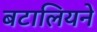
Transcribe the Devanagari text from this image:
बटालियने